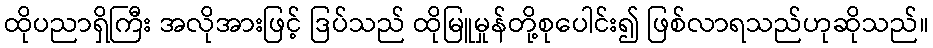
ထိုပညာရှိကြီး အလိုအားဖြင့် ဒြပ်သည် ထိုမြူမှုန်တို့စုပေါင်း၍ ဖြစ်လာရသည်ဟုဆိုသည်။